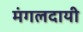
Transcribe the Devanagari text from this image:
मंगलदायी